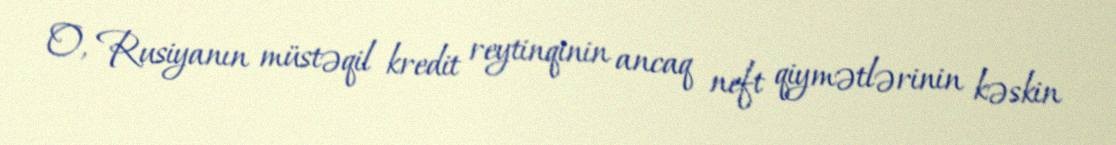
O, Rusiyanın müstəqil kredit reytinqinin ancaq neft qiymətlərinin kəskin